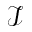
\mathcal { I }